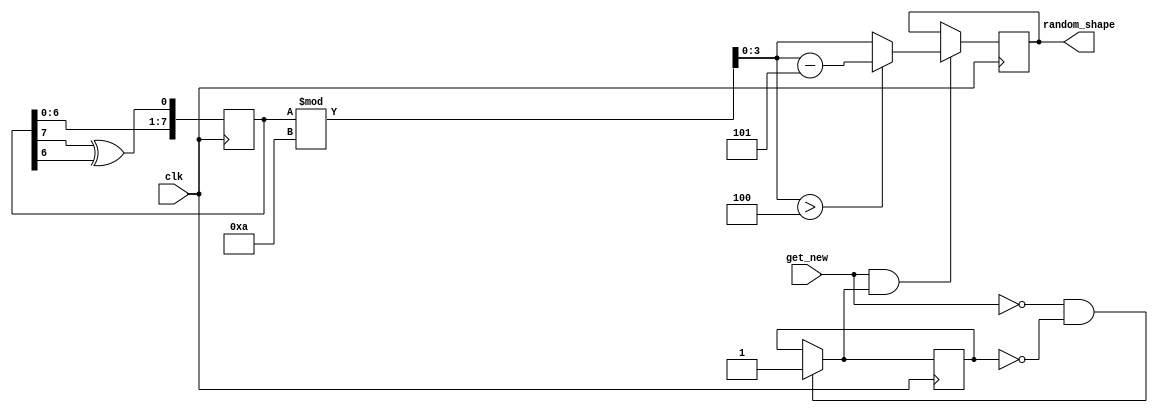
`timescale 1ns / 1ps
//////////////////////////////////////////////////////////////////////////////////
// Company: 
// Engineer: 
// 
// Design Name: 
// Module Name: random_shape_generator
// Project Name: 
// Target Devices: 
// Tool Versions: 
// Description: 
// 
// Dependencies: 
// 
// Revision:
// Revision 0.01 - File Created
// Additional Comments:
// 
//////////////////////////////////////////////////////////////////////////////////


module random_shape_generator(
    input clk,
    input get_new, // when get_new flag is 1, obtain new number
    output reg [3:0] random_shape // 5 shapes to drop, C, D, L, R, U
    );
    
    reg [7:0] lfsr_reg; // Keep the LFSR as 8-bit for good sequence properties
    
    initial begin
        lfsr_reg <= 8'b0001_0001; // 0 -> 42 -> 34
    end
    
    reg [3:0] ones;
    reg generate_new = 1;
    always @(posedge clk) begin
        if (get_new == 0 && generate_new == 0) generate_new = 1;

        // Shift left by one bit and insert the new feedback bit at position 0
        lfsr_reg <= {lfsr_reg[6:0], (lfsr_reg[7] ^ lfsr_reg[6])};   
        if (get_new && generate_new) begin 
            // Scale the output to be within 0-4
            ones = lfsr_reg % 10;
            if (ones > 4) begin
                random_shape <= ones - 5; // Adjust if the value is above 5
            end else begin
                random_shape <= ones; // Directly use the value if it's 5 or below
            end
        end 
    end
endmodule